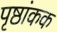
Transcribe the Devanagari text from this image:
पृष्ठांकक